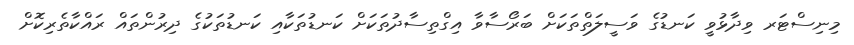
މިނިސްޓަރ ވިދާޅުވީ ކަނޑުގެ ވަސީލަތްތަކަށް ބަރޯސާވާ އިގްތިސާދުތަކަށް ކަނޑުތަކާއި ކަނޑުތަކުގެ ދިރުންތައް ރައްކާތެރިކޮށް